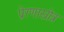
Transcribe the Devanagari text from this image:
प्रेरणास्रोत्र